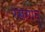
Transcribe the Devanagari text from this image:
रसगान